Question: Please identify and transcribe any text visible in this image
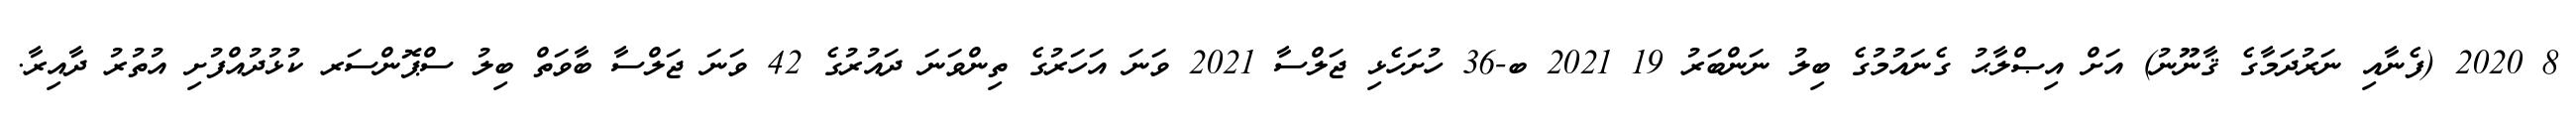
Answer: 8 2020 (ފެނާއި ނަރުދަމާގެ ޤާނޫނު) އަށް އިޞްލާޙު ގެނައުމުގެ ބިލު ނަންބަރު 19 2021 ބ-36 ހުށަހެޅި ޖަލްސާ 2021 ވަނަ އަހަރުގެ ތިންވަނަ ދައުރުގެ 42 ވަނަ ޖަލްސާ ބާވަތް ބިލު ސްޕޮންސަރ ކުޅުދުއްފުށި އުތުރު ދާއިރާ.